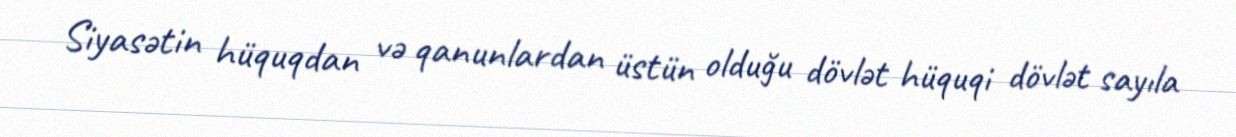
Siyasətin hüquqdan və qanunlardan üstün olduğu dövlət hüquqi dövlət sayıla